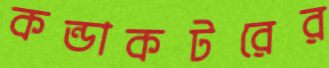
কন্ডাকটরের